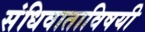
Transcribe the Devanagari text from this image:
संधिवाताविषयी